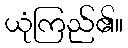
ယုံကြည်၏။